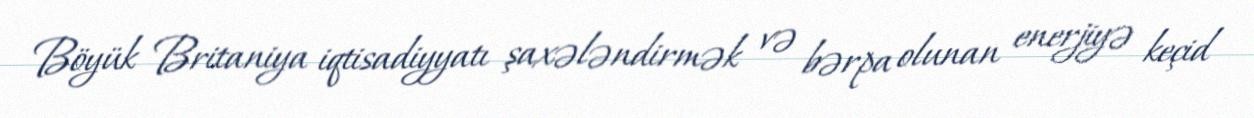
Böyük Britaniya iqtisadiyyatı şaxələndirmək və bərpa olunan enerjiyə keçid